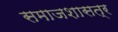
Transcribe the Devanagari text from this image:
समाजशासत्र